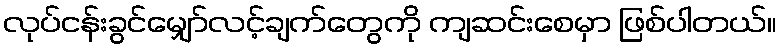
လုပ်ငန်းခွင်မျှော်လင့်ချက်တွေကို ကျဆင်းစေမှာ ဖြစ်ပါတယ်။